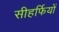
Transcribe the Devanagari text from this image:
सीहर्फियों